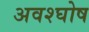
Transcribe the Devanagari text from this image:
अवश्घोष